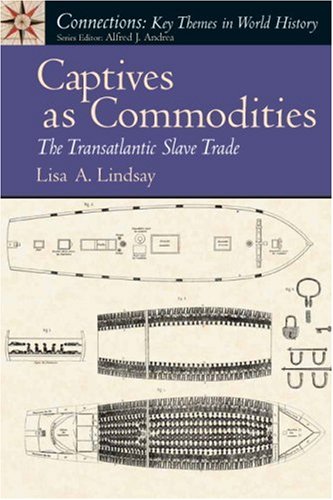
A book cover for Captives as Commodities: The Transatlantic Slave Trade; Lisa A. Lindsay; History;